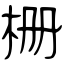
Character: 栅